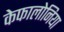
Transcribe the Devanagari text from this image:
केफालोनिया